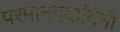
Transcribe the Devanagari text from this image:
परमानंददायिनी